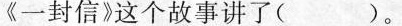
《一封信》这个故事讲了( )。